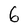
Character: 6